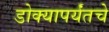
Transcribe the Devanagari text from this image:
डोक्यापर्यंतचे